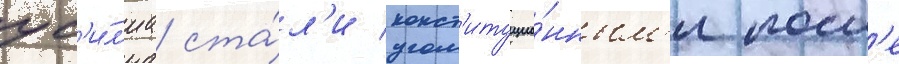
ус'и́л'иа ста́л'и конст'итуцио́нным'и посл'е